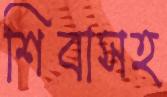
শিবাসহ